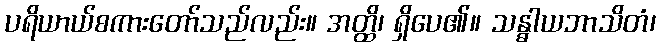
ပရိယာယ်စကားတော်သည်လည်း။ အတ္ထိ၊ ရှိပေ၏။ သန္ဓါယဘာသိတံ၊